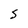
Character: 5